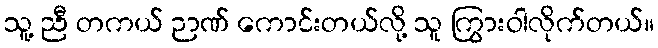
သူ့ ညီ တကယ် ဉာဏ် ကောင်းတယ်လို့ သူ ကြွားဝါလိုက်တယ်။